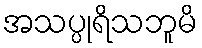
အသပ္ပုရိသဘူမိ